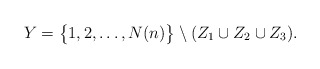
\begin{align*}Y = \bigl\{ 1,2,\ldots,N(n) \bigr\} \setminus (Z_1 \cup Z_2 \cup Z_3).\end{align*}